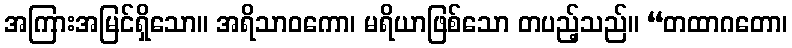
အကြားအမြင်ရှိသော။ အရိသာဝကော၊ မရိယာဖြစ်သော တပည့်သည်။ “တထာဂတော၊